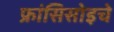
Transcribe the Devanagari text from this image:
फ्रांसिसोइचे